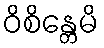
ဝိစိန္တေမိ